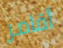
أقامر